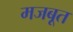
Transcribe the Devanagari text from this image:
मजबूूत